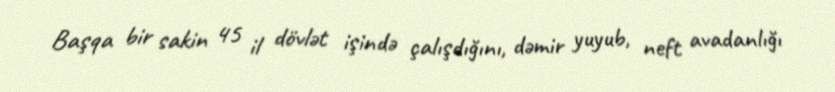
Başqa bir sakin 45 il dövlət işində çalışdığını, dəmir yuyub, neft avadanlığı